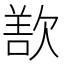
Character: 𬅬